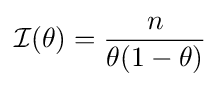
{\mathcal {I}}(\theta )={\frac {n}{\theta (1-\theta )}}